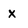
Character: X